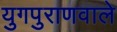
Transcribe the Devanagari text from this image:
युगपुराणवाले